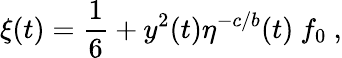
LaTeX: \xi(t)={\frac{1}{6}}+y^{2}(t)\eta^{-c/b}(t)~f_{0}~,